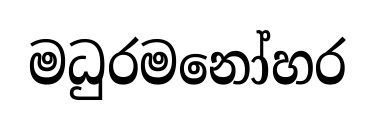
මධුරමනෝහර